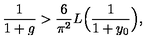
\frac { 1 } { 1 + g } > \frac { 6 } { \pi ^ { 2 } } L \Bigl ( \frac { 1 } { 1 + y _ { 0 } } \Bigr ) ,